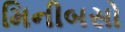
મિનીબસો